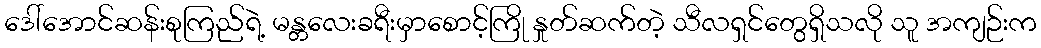
ဒေါ်အောင်ဆန်းစုကြည်ရဲ့ မန္တလေးခရီးမှာစောင့်ကြို နှုတ်ဆက်တဲ့ သီလရှင်တွေရှိသလို သူ အကျဉ်းက